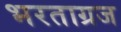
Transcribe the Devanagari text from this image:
भरताग्रज